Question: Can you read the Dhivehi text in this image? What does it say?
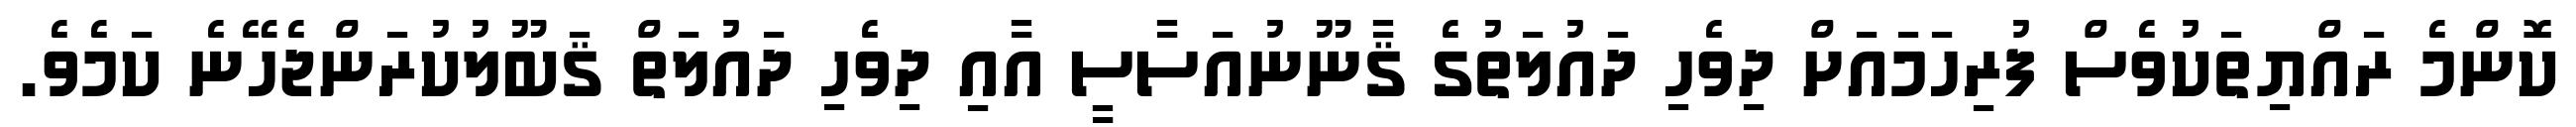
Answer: ކޮންމެ ރައްޔިތަކުވެސް ފުރިހަމައަށް ދިވެހި ދައުލަތުގެ ޤާނޫނުއަސާސީ އާއި ދިވެހި ދައުލަތް ޤަބޫލުކުރަންޖެހޭނެ ކަމެވެ.